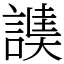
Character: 䜁